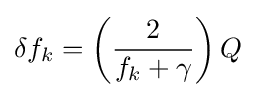
\delta f_{k}=\left({\frac {2}{f_{k}+\gamma }}\right)Q